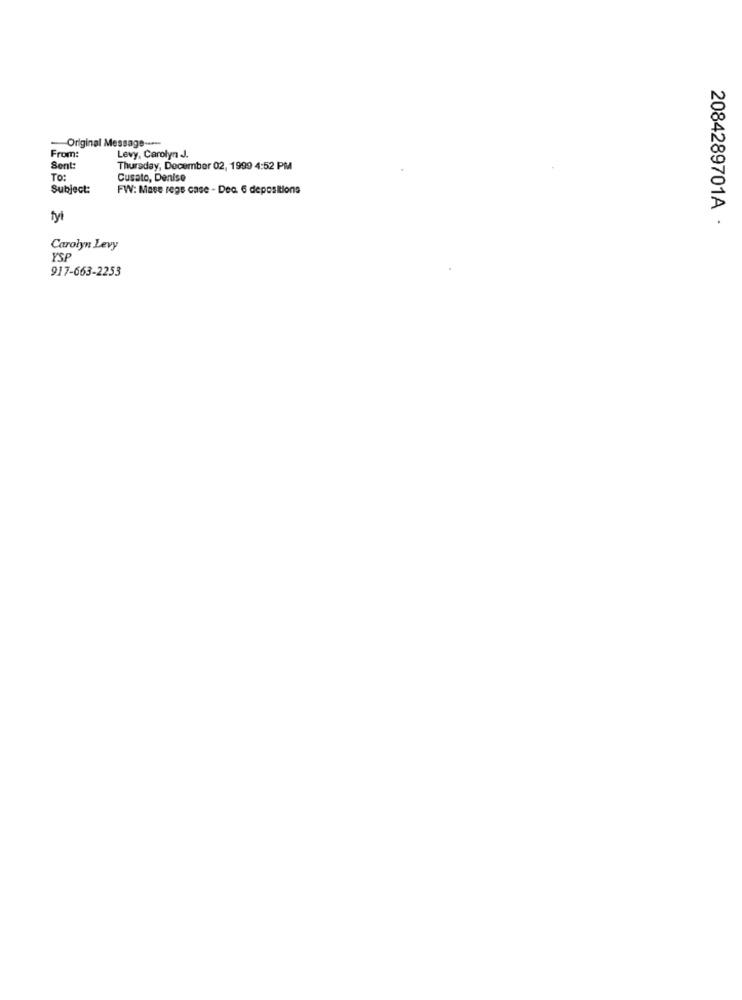
Original Message ----
From:
Levy, Carolyn J.
Sent:
Thursday, December 02, 1999 4:52 PM
TO:
Cusato, Denise
Subject:
FW: Mase regs case - Dea 6 depositions
İyi
2084289701A ·
Carolyn Levy
YSP
917-663-2253